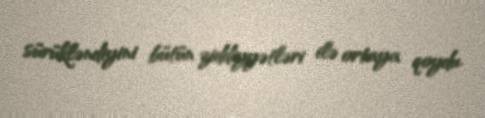
sürükləndiyini bütün ziddiyyətləri ilə ortaya qoydu.